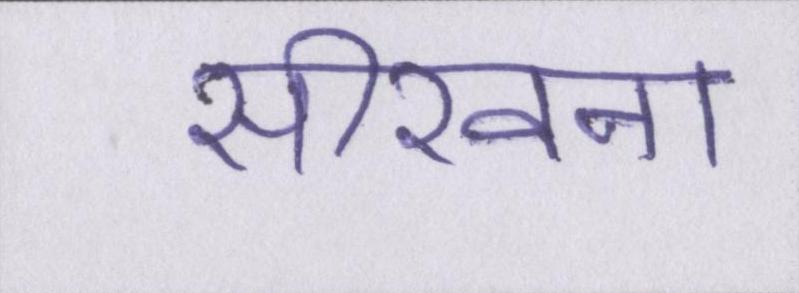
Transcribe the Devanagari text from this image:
सीखना